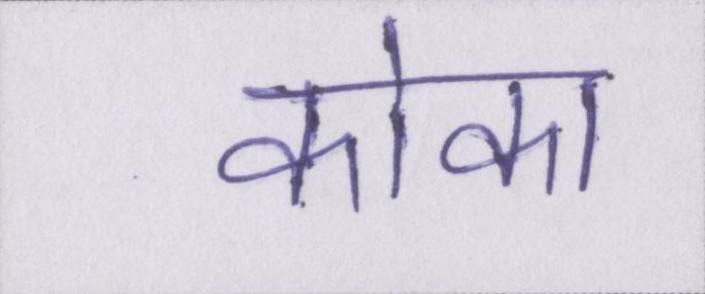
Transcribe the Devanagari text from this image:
कोका